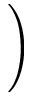
\bigg )